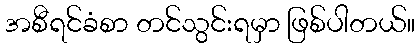
အစီရင်ခံစာ တင်သွင်းရမှာ ဖြစ်ပါတယ်။